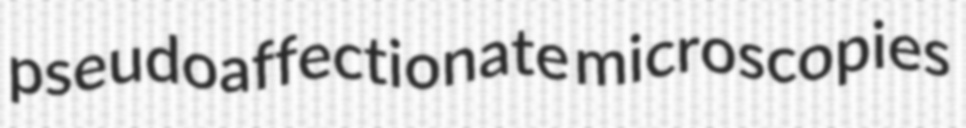
pseudoaffectionate microscopies